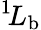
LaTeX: ^{1\! }L_{\mathrm{b}}